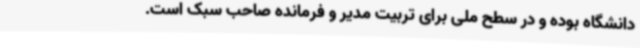
دانشگاه بوده و در سطح ملی برای تربیت مدیر و فرمانده صاحب سبک است.